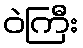
ဝဲကြီး